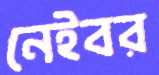
নেইবর